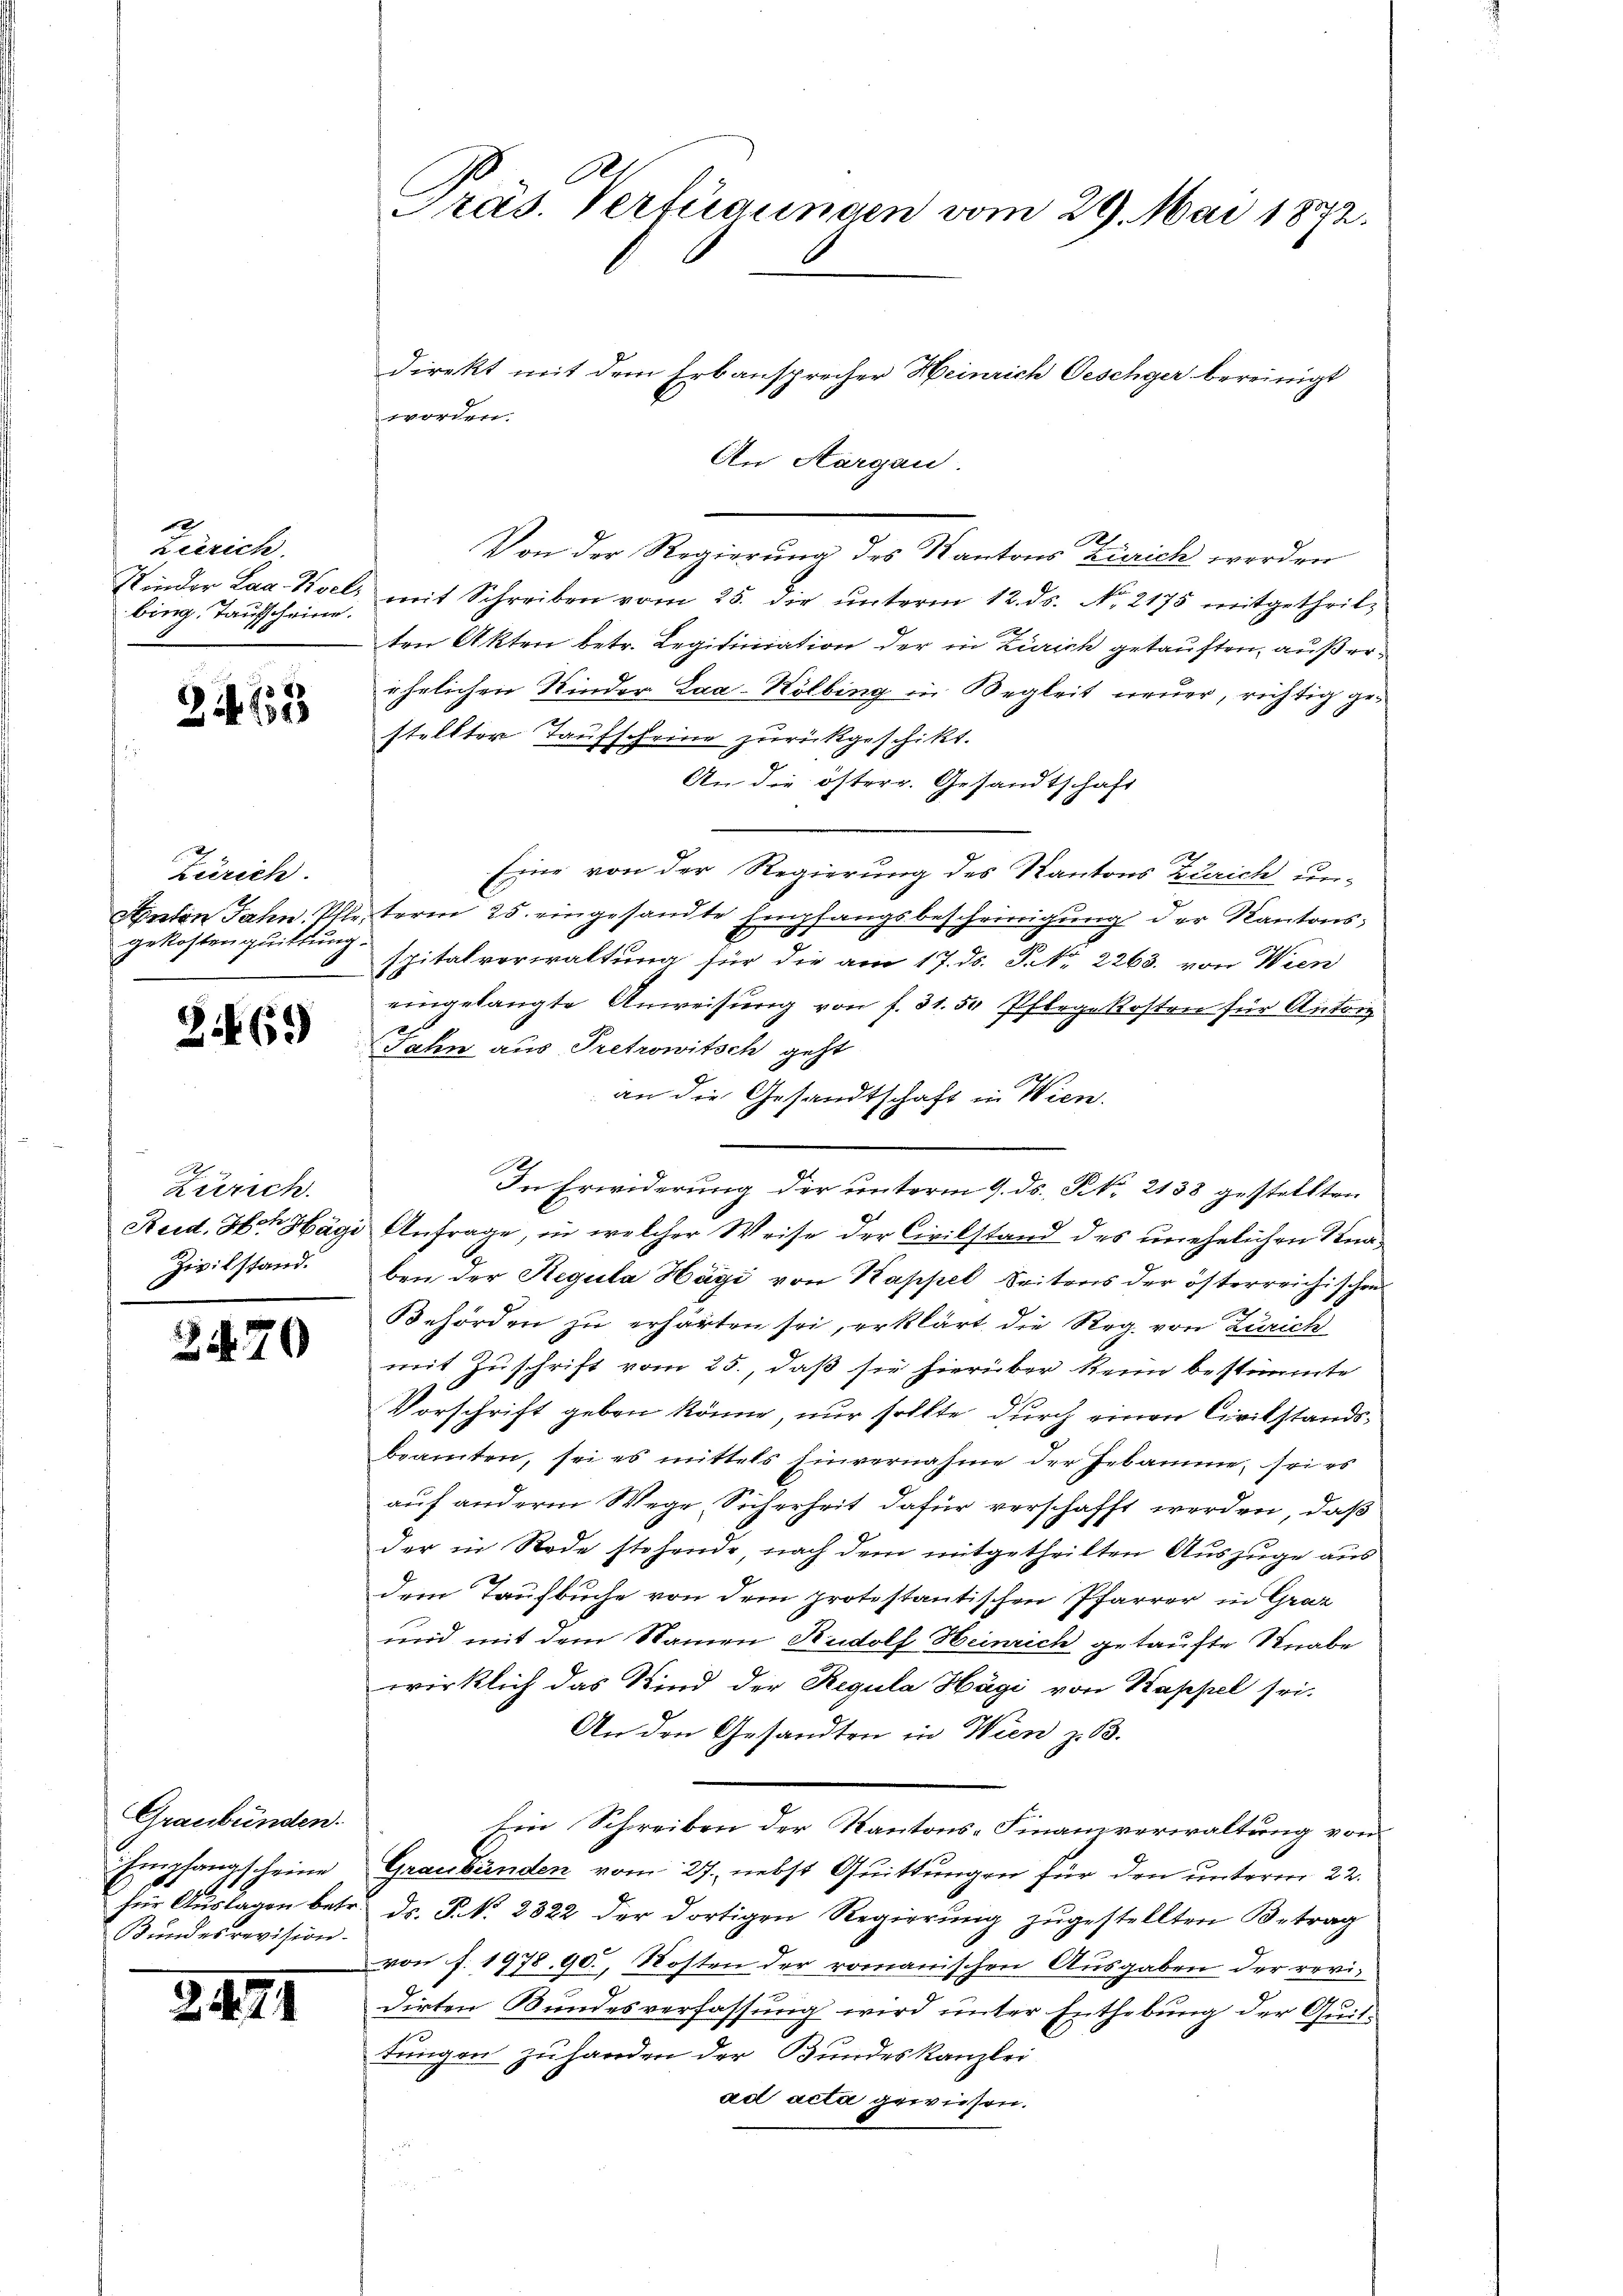
Zürich.
Kinder Laa. Hoel,
bing, Taufscheine.

24153

Zürich.
Anton Jahn. Elle.
gekosten quittung.

Z.69)

Zürich.
Zivilstand.

2470

Graubünden.
Empfangscheine
für Auslagen betr.
Bundesrevision.

2474

A
Präs. Verfügungen vom 29. Mai 1872.

Direkt mit dem Erbansprecher Heinrich Oeschger bereinigt
worden.
An Aargau.
Von der Regierung des Kantons Zürich werden
mit Schreiben vom 25. die unterm 12. ds. No. 2175 mitgetheilten Akten betr. Legitiniation der in Zürich getauften, außerährlichen Kinder Laa-Kölbing in Begleit neuer, richtig gestellter Taufscheine zurückgeschikt.
An die österr. Gesandtschaft
Eine von der Regierung des Kantons Zürich un-
term 25. eingesandte Empfangsbescheinigung der Kantonsspitalverwaltung für die am 17. ds. P. Nr. 2263. von Wien
eingelangte Anweisŭng von f. 31. 50 Pflegekosten für Antoin
Jahn aus Pretrowitsch geht
an die Gesandtschaft in Wien.
In Erwiderung der unterm 9. ds. No. 2138 gestellten
Reid. Hat Hägi Anfrage, in welcher Weise der Civilstand des unehelichen Knaben der Regula Hägi von Kappel Seitens der österreichischen
Behörden zu erharten sei, erklärt die Reg. von Zürich
mit Zuschrift vom 25., daß sie hierüber keine bestimmte
Vorschrift geben könne, nur sollte durch einen Civilstandsbeamten, sei es mittels Einvernahme der Hebamme, sei es
auf anderm Wege, Sicherheit dafür verschafft werden, daß
der in Rede stehende, nach dem mitgetheilten Auszüge aus
dem Taufbuche von dem protestantischen Pfarrer in Graz
und mit dem Namen Rudolf Heinrich getaufte Knabe
wirklich das Kind der Regula Hägi von Kappel sei.
An den Gesandten in Wien z. B.
Ein Schreiben der Kantons-Finanzverwaltung von
Graubünden vom 27. nebst Quittungen für den unterm 22.
ds. P. N. 2822 der dortigen Regierung zugestellten Betrag
von f. 1978, 90, Kosten der romanischen Ausgaben der revidirten Bundesverfassung wird unter Enthebung der Quittungen zuhanden der Bundeskanzlei
ad acta gewiesen.